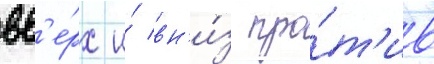
вв'е́рх и́ вн'и́з про́т'ив